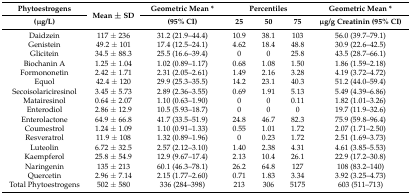
<table><thead><tr><td><b>Phytoestrogens</b></td><td rowspan="2"><b>Mean ± SD</b></td><td><b>Geometric Mean *</b></td><td colspan="3"><b>Percentiles</b></td><td><b>Geometric Mean *</b></td></tr><tr><td><b>(μg/L)</b></td><td><b>(95% CI)</b></td><td><b>25</b></td><td><b>50</b></td><td><b>75</b></td><td><b>μg/g Creatinin (95% CI)</b></td></tr></thead><tbody><tr><td>Daidzein</td><td>117 ± 236</td><td>31.2 (21.9–44.4)</td><td>10.9</td><td>38.1</td><td>103</td><td>56.0 (39.7–79.1)</td></tr><tr><td>Genistein</td><td>49.2 ± 101</td><td>17.4 (12.5–24.1)</td><td>4.62</td><td>18.4</td><td>48.8</td><td>30.9 (22.6–42.5)</td></tr><tr><td>Glicitein</td><td>34.5 ± 88.3</td><td>25.5 (16.6–39.4)</td><td>0</td><td>0</td><td>25.8</td><td>43.5 (28.7–66.1)</td></tr><tr><td>Biochanin A</td><td>1.25 ± 1.04</td><td>1.02 (0.89–1.17)</td><td>0.68</td><td>1.08</td><td>1.50</td><td>1.86 (1.59–2.18)</td></tr><tr><td>Formononetin</td><td>2.42 ± 1.71</td><td>2.31 (2.05–2.61)</td><td>1.49</td><td>2.16</td><td>3.28</td><td>4.19 (3.72–4.72)</td></tr><tr><td>Equol</td><td>42.4 ± 120</td><td>29.9 (25.3–35.5)</td><td>14.2</td><td>23.1</td><td>40.3</td><td>51.2 (44.0–59.4)</td></tr><tr><td>Secoisolariciresinol</td><td>3.45 ± 5.73</td><td>2.89 (2.36–3.55)</td><td>0.69</td><td>1.91</td><td>5.13</td><td>5.49 (4.39–6.86)</td></tr><tr><td>Matairesinol </td><td>0.64 ± 2.07</td><td>1.10 (0.63–1.90)</td><td>0</td><td>0</td><td>0.11</td><td>1.82 (1.01–3.26)</td></tr><tr><td>Enterodiol</td><td>2.86 ± 12.9</td><td>10.5 (5.93–18.7)</td><td>0</td><td>0</td><td>0</td><td>19.7 (11.9–32.6)</td></tr><tr><td>Enterolactone</td><td>64.9 ± 66.8</td><td>41.7 (33.5–51.9)</td><td>24.8</td><td>46.7</td><td>82.3</td><td>75.9 (59.8–96.4)</td></tr><tr><td>Coumestrol</td><td>1.24 ± 1.09</td><td>1.10 (0.91–1.33)</td><td>0.55</td><td>1.01</td><td>1.72</td><td>2.07 (1.71–2.50)</td></tr><tr><td>Resveratrol</td><td>11.9 ± 108</td><td>1.32 (0.89–1.96)</td><td>0</td><td>0.23</td><td>1.72</td><td>2.51 (1.69–3.73)</td></tr><tr><td>Luteolin</td><td>6.72 ± 32.5</td><td>2.57 (2.12–3.10)</td><td>1.40</td><td>2.38</td><td>4.31</td><td>4.61 (3.85–5.53)</td></tr><tr><td>Kaempferol</td><td>25.8 ± 54.9</td><td>12.9 (9.67–17.4)</td><td>2.13</td><td>10.4</td><td>26.1</td><td>22.9 (17.2–30.8)</td></tr><tr><td>Naringenin</td><td>135 ± 213</td><td>60.1 (46.3–78.1)</td><td>26.2</td><td>64.8</td><td>127</td><td>108 (83.2–140)</td></tr><tr><td>Quercetin</td><td>2.96 ± 7.14</td><td>2.15 (1.77–2.60)</td><td>0.71</td><td>1.83</td><td>3.34</td><td>3.92 (3.25–4.73)</td></tr><tr><td>Total Phytoestrogens </td><td>502 ± 580</td><td>336 (284–398)</td><td>213</td><td>306</td><td>5175</td><td>603 (511–713)</td></tr></tbody></table>